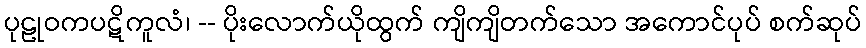
ပုဠုဝကပဋိကူလံ၊ -- ပိုးလောက်ယိုထွက် ကျိကျိတက်သော အကောင်ပုပ် စက်ဆုပ်